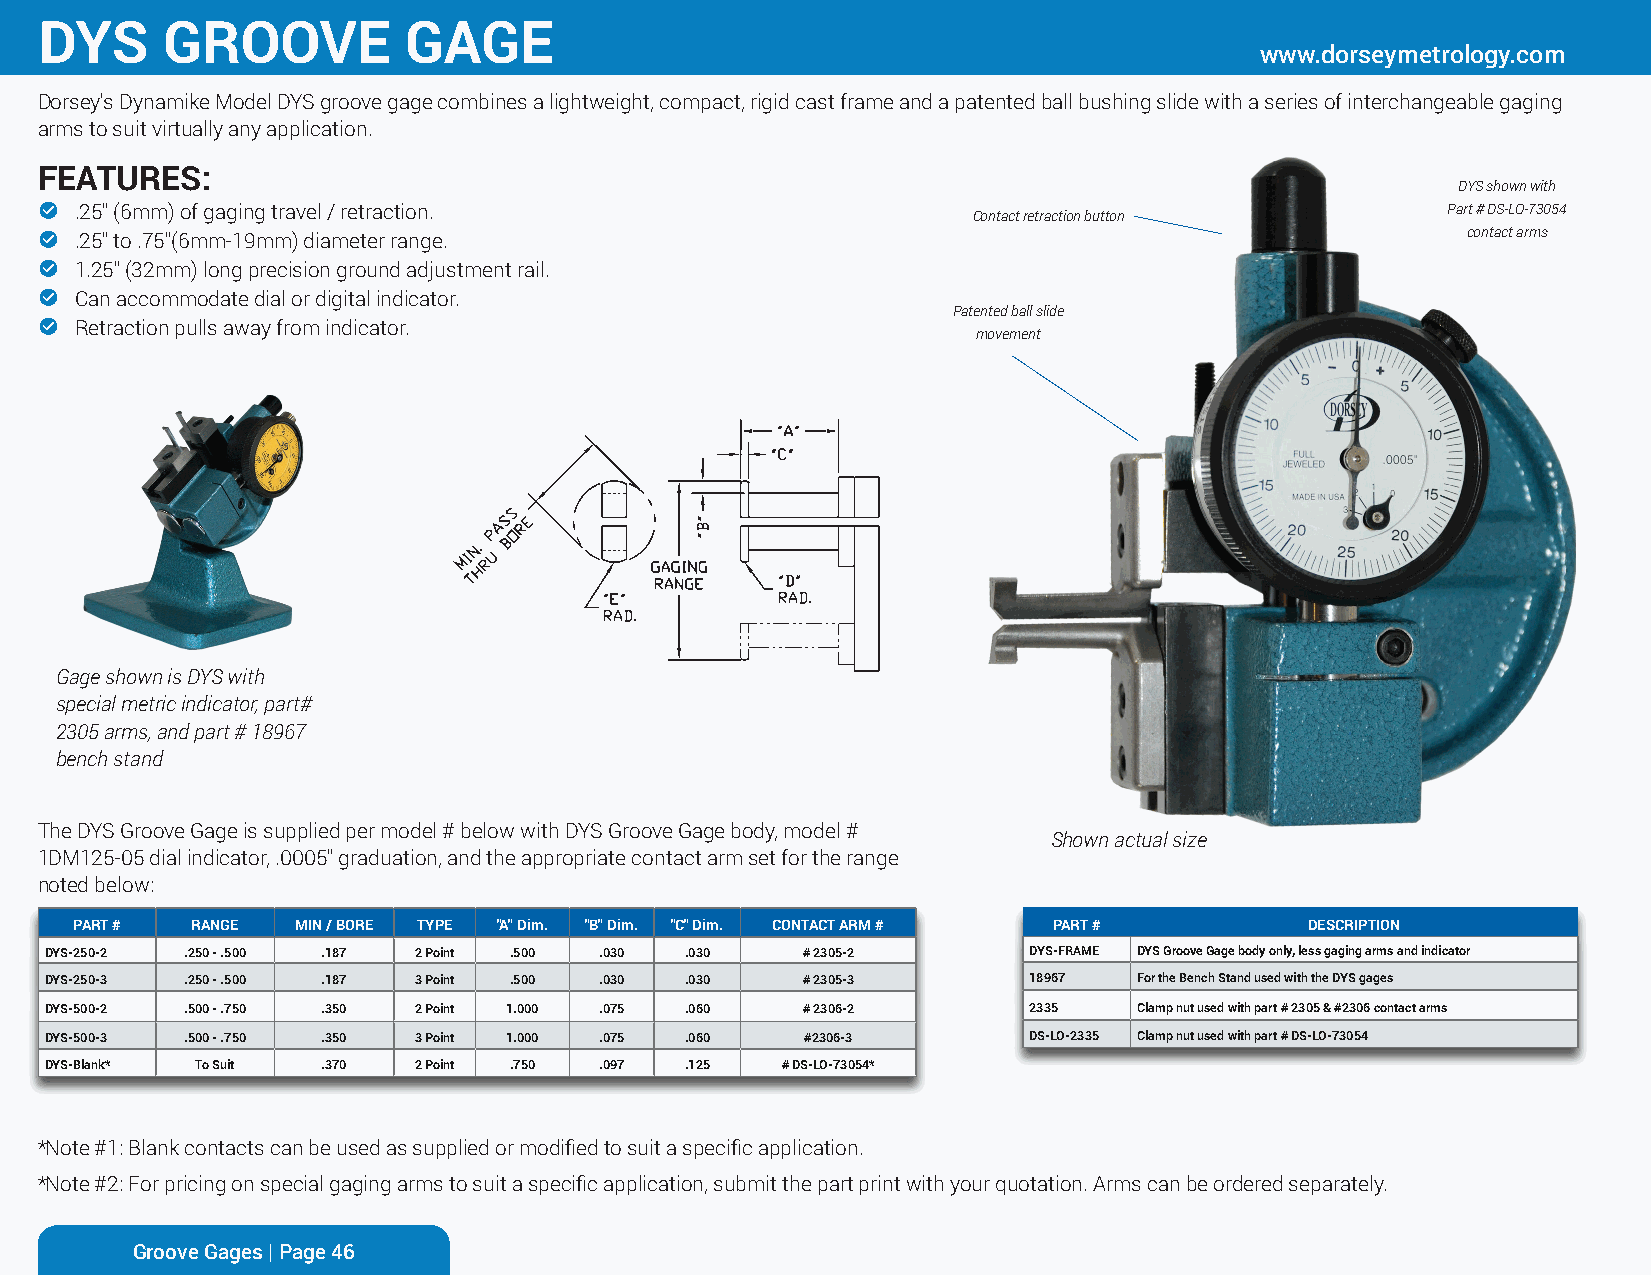
DYS     GROOVE          GAGE
 www.dorseymetrology.com
 Dorsey's Dynamike Model DYS groove gage combines a lightweight, compact, rigid cast frame and a patented ball bushing slide with a series of interchangeable gaging
 arms to suit virtually any application.
 FEATURES:
 DYS shown with
 !  .25" (6mm) of gaging travel / retraction.                                                  Part # DS-LO-73054
 Contact retraction button
 !  .25" to .75"(6mm-19mm) diameter range.                                                      contact arms
 !  1.25" (32mm) long precision ground adjustment rail.
 !  Can accommodate dial or digital indicator.
 Patented ball slide
 !  Retraction pulls away from indicator.
 movement
 Gage shown is DYS with
 special metric indicator, part#
 2305 arms, and part # 18967
 bench stand
 The DYS Groove Gage is supplied per model # below with DYS Groove Gage body, model #
 Shown actual size
 1DM125-05 dial indicator, .0005" graduation, and the appropriate contact arm set for the range
 noted below:
 PART #  RANGE  MIN / BORE TYPE "A" Dim. "B" Dim. "C" Dim. CONTACT ARM # PART #    DESCRIPTION
 DYS-250-2 .250 - .500 .187 2 Point .500 .030 .030 # 2305-2       DYS-FRAME DYS Groove Gage body only, less gaging arms and indicator
 DYS-250-3 .250 - .500 .187 3 Point .500 .030 .030 # 2305-3       18967  For the Bench Stand used with the DYS gages
 DYS-500-2 .500 - .750 .350 2 Point 1.000 .075 .060 # 2306-2      2335   Clamp nut used with part # 2305 & #2306 contact arms
 DYS-500-3 .500 - .750 .350 3 Point 1.000 .075 .060 #2306-3       DS-LO-2335 Clamp nut used with part # DS-LO-73054
 DYS-Blank* To Suit .370 2 Point .750 .097 .125   # DS-LO-73054*
 *Note #1: Blank contacts can be used as supplied or modified to suit a specific application.
 *Note #2: For pricing on special gaging arms to suit a specific application, submit the part print with your quotation. Arms can be ordered separately.
 Groove Gages | Page 46